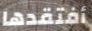
أفتقدها